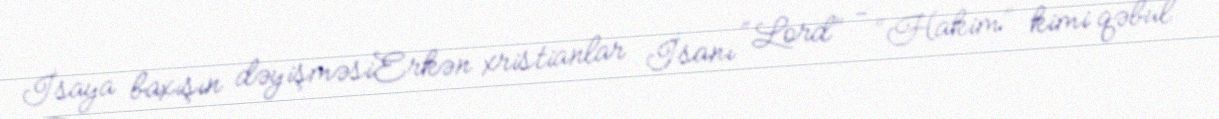
İsaya baxışın dəyişməsiErkən xristianlar İsanı “Lord” - “Hakim” kimi qəbul